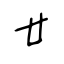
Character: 廿